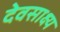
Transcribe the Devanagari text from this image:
देवसाक्ष्य